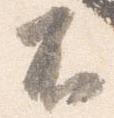
不